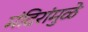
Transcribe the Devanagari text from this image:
मंदिरांमुळे